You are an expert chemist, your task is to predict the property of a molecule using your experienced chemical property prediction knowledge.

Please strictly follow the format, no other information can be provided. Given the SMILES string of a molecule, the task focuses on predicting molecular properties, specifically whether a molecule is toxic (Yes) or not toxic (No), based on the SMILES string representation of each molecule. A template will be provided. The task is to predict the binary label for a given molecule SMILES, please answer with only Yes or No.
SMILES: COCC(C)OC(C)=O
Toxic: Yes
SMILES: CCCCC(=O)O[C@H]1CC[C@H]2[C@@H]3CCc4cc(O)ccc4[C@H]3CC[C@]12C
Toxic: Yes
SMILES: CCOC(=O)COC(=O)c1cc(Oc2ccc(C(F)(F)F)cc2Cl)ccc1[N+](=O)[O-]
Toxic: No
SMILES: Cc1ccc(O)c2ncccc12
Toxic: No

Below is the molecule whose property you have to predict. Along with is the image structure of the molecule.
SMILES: C[C@]12O[C@H](C[C@]1(O)CO)n1c3ccccc3c3c4c(c5c6ccccc6n2c5c31)CNC4=O
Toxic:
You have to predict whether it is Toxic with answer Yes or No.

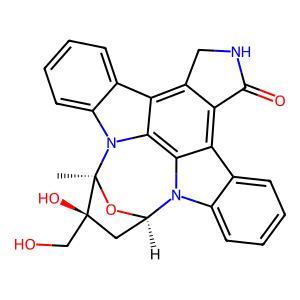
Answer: No